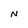
Character: N